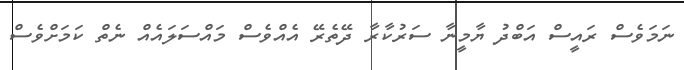
ނަަމަވެސް ރައީސް އަބްދު ޔާމީނާ ސަރުކާރާ ދޭތެރޭ އެއްވެސް މައްސަލައެއް ނެތް ކަމަށްވެސް